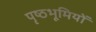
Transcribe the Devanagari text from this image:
पृष्‍ठभूमियों